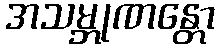
အသမ္ဘုဏန္တော